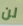
لن